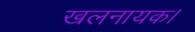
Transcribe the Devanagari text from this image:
खलनायक।